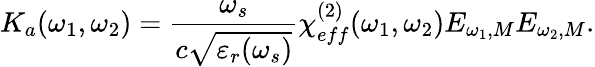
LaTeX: K_{a}(\omega_{1},\omega_{2})=\frac{\omega_{s}}{c\sqrt{\varepsilon_{r}(\omega_{s})}}\chi_{eff}^{(2)}(\omega_{1},\omega_{2})E_{\omega_{1},M}E_{\omega_{2},M}.